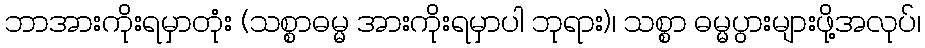
ဘာအားကိုးရမှာတုံး (သစ္စာဓမ္မ အားကိုးရမှာပါ ဘုရား)၊ သစ္စာ ဓမ္မပွားများဖို့အလုပ်၊